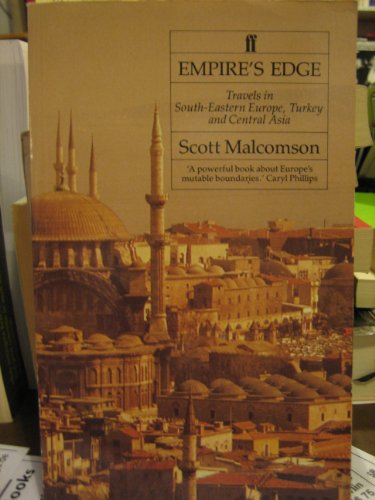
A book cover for Empire's Edge: Travels in South Eastern Europe, Turkey and Central Asia; Scott L. Malcomson; Travel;